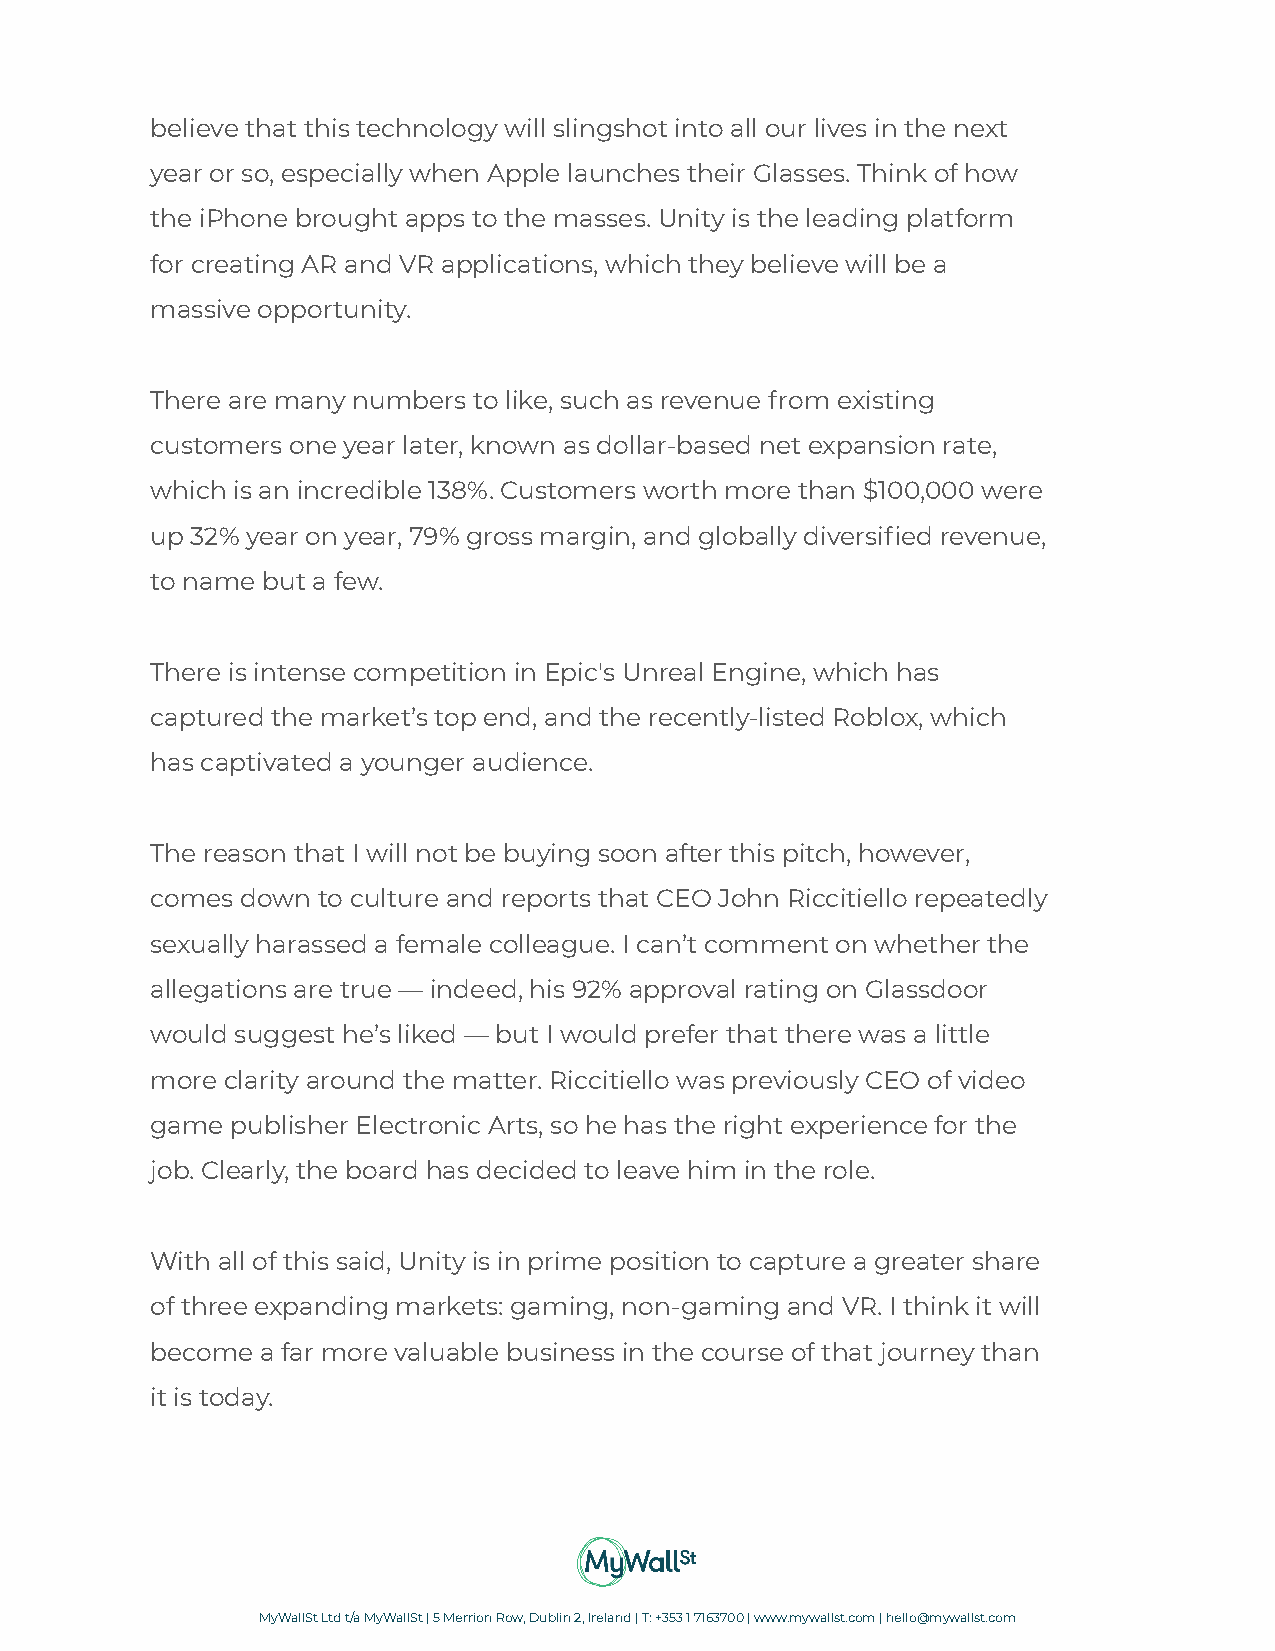
believe that this technology will slingshot into all our lives in the next
 year or so, especially when Apple launches their Glasses. Think of how
 the iPhone brought apps to the masses. Unity is the leading platform
 for creating AR and VR applications, which they believe will be a
 massive opportunity.
 There are many numbers to like, such as revenue from existing
 customers one year later, known as dollar-based net expansion rate,
 which is an incredible 138%. Customers worth more than $100,000 were
 up 32% year on year, 79% gross margin, and globally diversified revenue,
 to name but a few.
 There is intense competition in Epic's Unreal Engine, which has
 captured the market’s top end, and the recently-listed Roblox, which
 has captivated a younger audience.
 The reason that I will not be buying soon after this pitch, however,
 comes down to culture and reports that CEO John Riccitiello repeatedly
 sexually harassed a female colleague. I can’t comment on whether the
 allegations are true — indeed, his 92% approval rating on Glassdoor
 would suggest he’s liked — but I would prefer that there was a little
 more clarity around the matter. Riccitiello was previously CEO of video
 game publisher Electronic Arts, so he has the right experience for the
 job. Clearly, the board has decided to leave him in the role.
 With all of this said, Unity is in prime position to capture a greater share
 of three expanding markets: gaming, non-gaming and VR. I think it will
 become a far more valuable business in the course of that journey than
 it is today.
 MyWallSt Ltd t/a MyWallSt | 5 Merrion Row, Dublin2, Ireland | T: +353 1 7163700 |www.mywallst.com| hello@mywallst.com